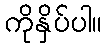
ကိုနှိပ်ပါ။